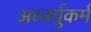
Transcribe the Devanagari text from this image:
अध्वर्युकर्म